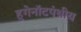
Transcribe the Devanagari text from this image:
हुगेनॉटपंथीय